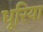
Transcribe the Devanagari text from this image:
धूरिया